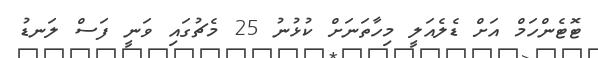
ޓޮޓެންހަމް އަށް ޑެލެއަލީ މިހާތަނަށް ކުޅުނު 25 މެޗުގައި ވަނީ ފަސް ލަނޑު